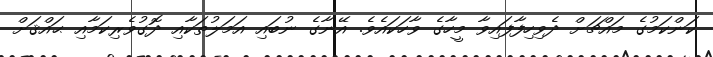
ކަންކަމުގެ މައްޗަށް ދެވިހިފާފައިވާ މީހާގެ ވާހަކައެވެ. އޭނާގެ ނުބައި އަމަލުތަކާއި ދޮގުވެރިކަމާއި ޙައްޤަށް